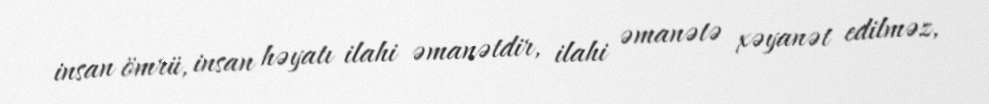
insan ömrü, insan həyatı ilahi əmanətdir, ilahi əmanətə xəyanət edilməz,